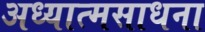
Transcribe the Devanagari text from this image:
अध्यात्मसाधना